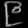
Digit: ၉